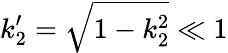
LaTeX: k_{2}^{\prime}=\sqrt{1-k_{2}^{2}}\ll 1